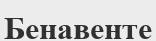
Бенавенте